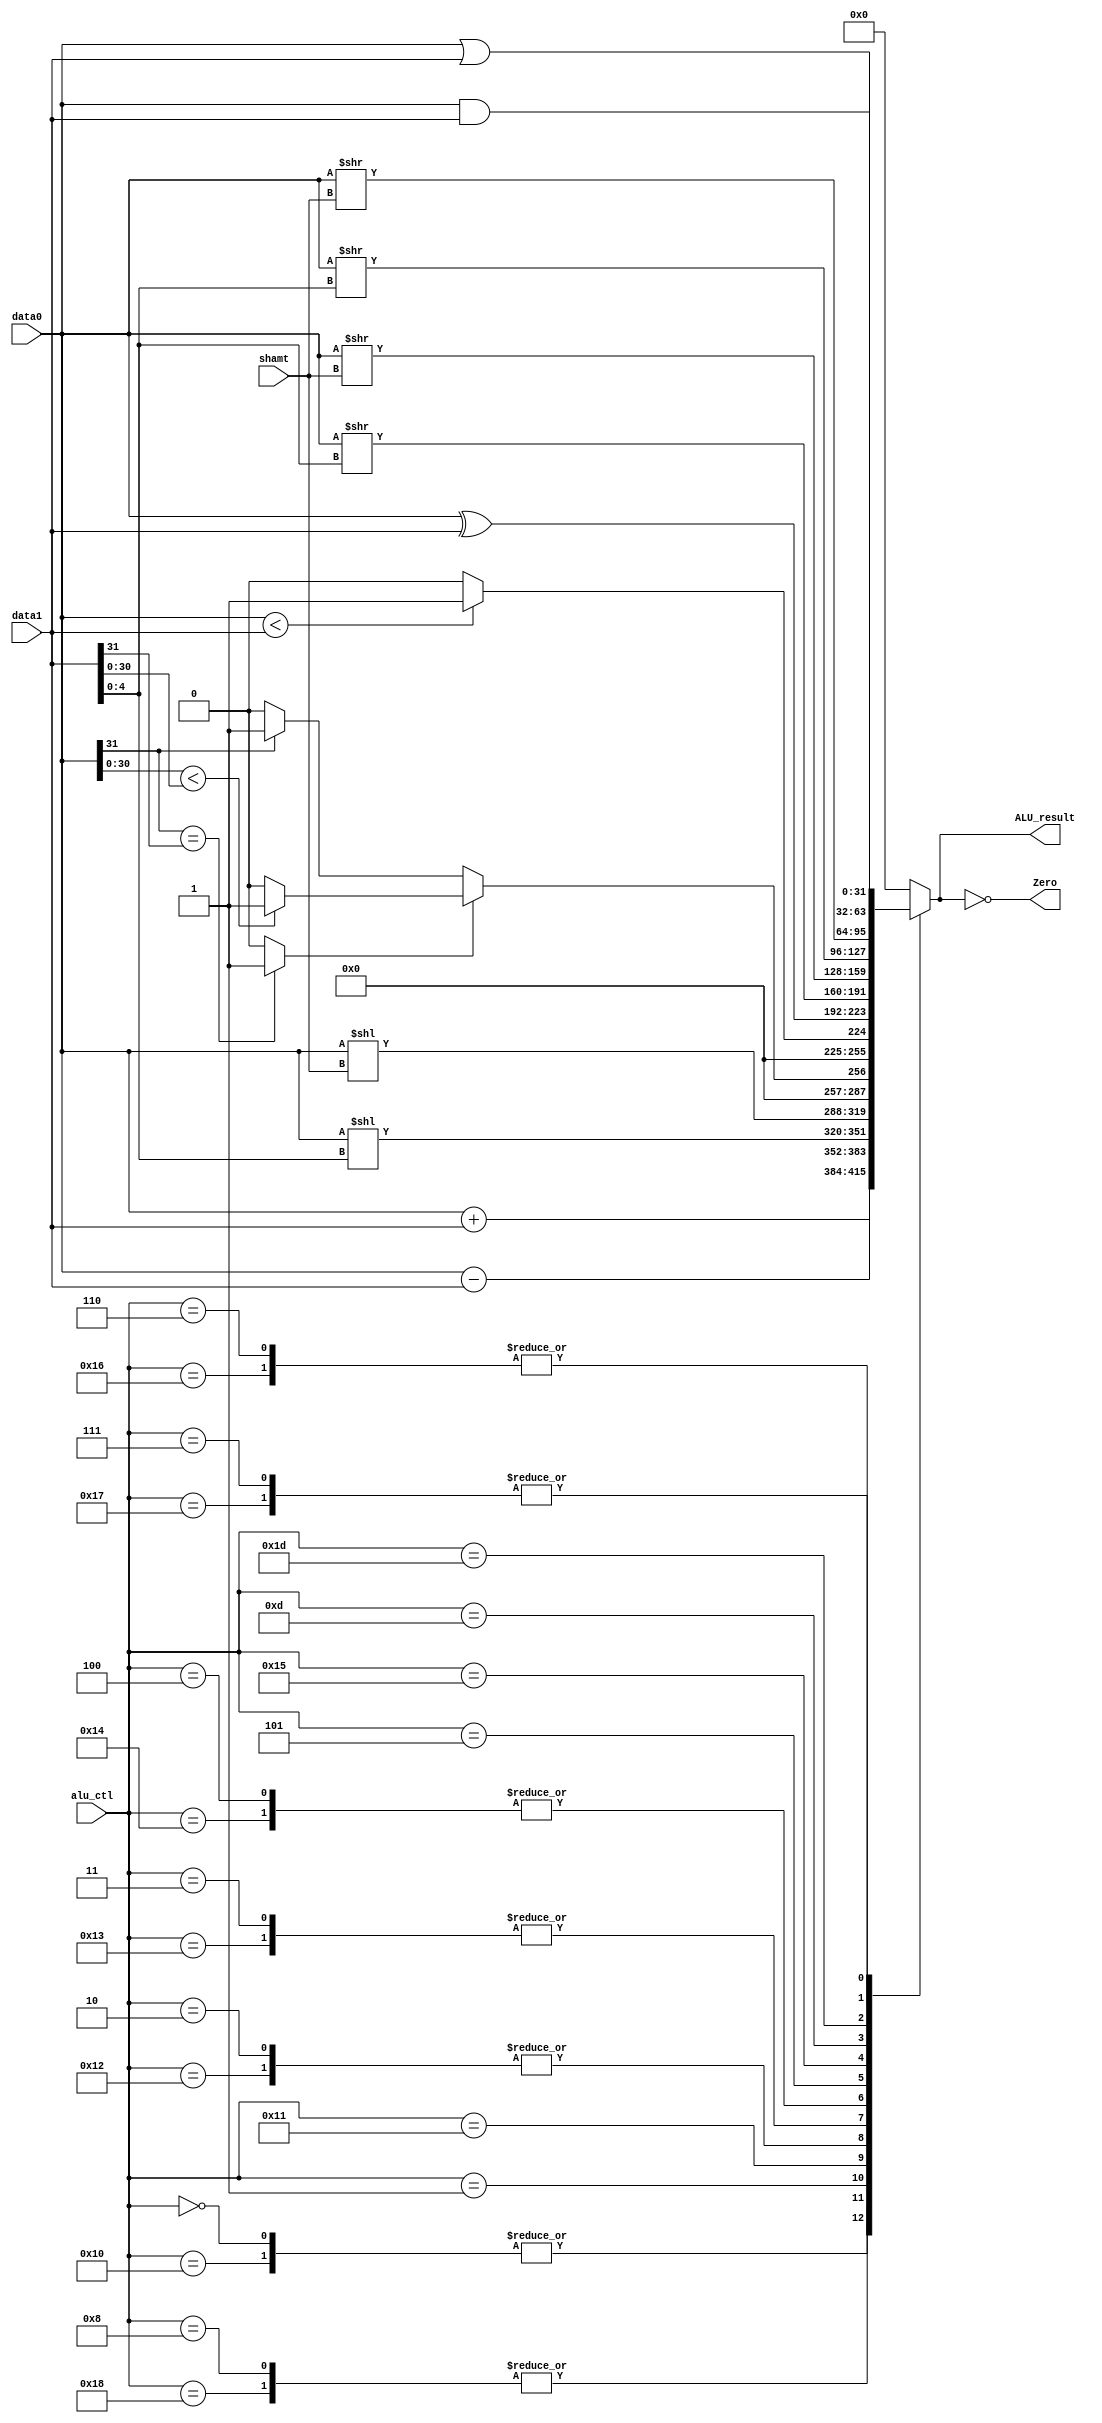
module alu_ex(
    //ALU Operation
    input           [4:0]    alu_ctl    ,

    //input Data
    input           [31:0]  data0       ,
    input           [31:0]  data1       ,
    input           [4:0]   shamt       ,

    //output 
    output  reg     [31:0]  ALU_result  ,
    output                  Zero        

);

//=================================================================================
// Parameter declaration
//=================================================================================

localparam  ALU_ADD     = 4'b0000   ; 
localparam  ALU_SUB     = 4'b1000   ; 
localparam  ALU_SLL     = 4'b0001   ; 
localparam  ALU_SLT     = 4'b0010   ; 
localparam  ALU_SLTU    = 4'b0011   ; 
localparam  ALU_XOR     = 4'b0100   ; 
localparam  ALU_SRL     = 4'b0101   ; 
localparam  ALU_SRA     = 4'b1101   ; 
localparam  ALU_OR      = 4'b0110   ; 
localparam  ALU_AND     = 4'b0111   ; 

localparam  R_ADD       = 5'b00000  ; 
localparam  R_SUB       = 5'b01000  ; 
localparam  R_SLL       = 5'b00001  ; 
localparam  R_SLT       = 5'b00010  ; 
localparam  R_SLTU      = 5'b00011  ; 
localparam  R_XOR       = 5'b00100  ; 
localparam  R_SRL       = 5'b00101  ; 
localparam  R_SRA       = 5'b01101  ; 
localparam  R_OR        = 5'b00110  ; 
localparam  R_AND       = 5'b00111  ; 

localparam  I_ADD       = 5'b10000  ; 
localparam  I_SUB       = 5'b11000  ; 
localparam  I_SLL       = 5'b10001  ; 
localparam  I_SLT       = 5'b10010  ; 
localparam  I_SLTU      = 5'b10011  ; 
localparam  I_XOR       = 5'b10100  ; 
localparam  I_SRL       = 5'b10101  ; 
localparam  I_SRA       = 5'b11101  ; 
localparam  I_OR        = 5'b10110  ; 
localparam  I_AND       = 5'b10111  ; 

//=================================================================================
// Signal declaration
//=================================================================================

wire    con_flag = (data0[31] == data1[31]) ? 1'b1 : 1'b0;

//=================================================================================
// Body
//=================================================================================


always @(*)begin
    case(alu_ctl)
        //add
        R_ADD, I_ADD : ALU_result = data0 + data1;
        //sub
        R_SUB, I_SUB : ALU_result = data0 - data1;
        //sll
        R_SLL : ALU_result = data0 << data1[4:0];
        I_SLL : ALU_result = data0 << shamt;
        //slt
        R_SLT, I_SLT : begin
                    if(con_flag == 1'b1) begin
                        if(data0[30:0] < data1[30:0])
                            ALU_result = 32'd1;
                        else
                            ALU_result = 32'd0;
                    end
                    else begin
                        if(data0[31] == 1'b1)
                            ALU_result = 32'd1;
                        else
                            ALU_result = 32'd0;
                    end
                end
        //sltu
        R_SLTU, I_SLTU : begin 
                    if(data0[31:0] < data1[31:0])
                        ALU_result = 32'd1;
                    else
                        ALU_result = 32'd0;
                end
        //xor
        R_XOR, I_XOR : ALU_result = data0 ^ data1;
        //srl
        R_SRL : ALU_result = data0 >> data1[4:0];
        I_SRL : ALU_result = data0 >> shamt;
        //sra
        R_SRA : ALU_result = ($signed(data0)) >> data1[4:0];
        I_SRA : ALU_result = ($signed(data0)) >> shamt;
        //or
        R_OR, I_OR : ALU_result = data0 | data1;
        //and
        R_AND, I_AND : ALU_result = data0 & data1;
    default : ALU_result = 32'd0;
    endcase
end


assign Zero = (ALU_result == 32'd0);

endmodule